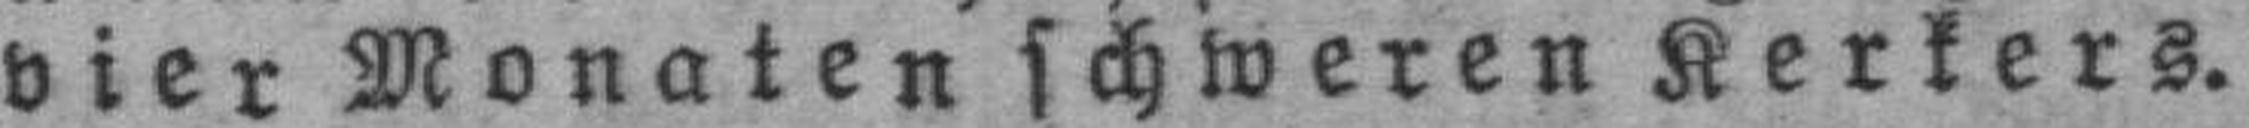
vier Monaten schweren Kerkers.